Report on vaccination in the Province of Bengal - 1869-1873
Year: 1869
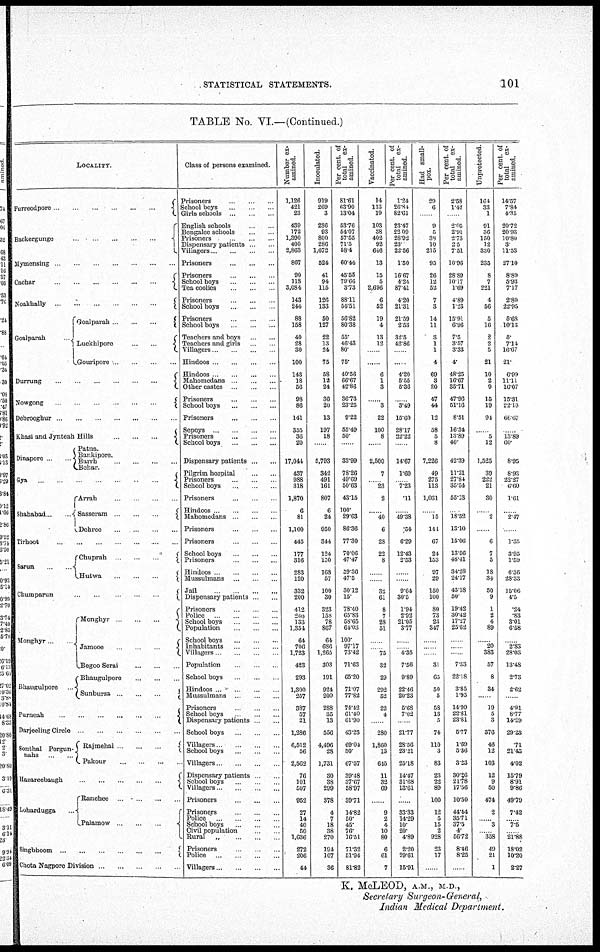
STATISTICAL STATEMENTS.
101
TABLE No. VI.—(Continued.)
LOCALITY.
Furreodpore
...
...
...
...
...
...
Backergunge
...
...
Mymensing ... ...
Cachar
...
...
Noakhally
...
...
Goalparah
Goalparah
...
...
Luckhipore
...
...
Gouripore ... ...
Durrung
...
...
...
Nowgong
...
...
...
Debrooghur ... ...
Khasi and Jynteah Hills
...
...
Dinapore
Patna.
Bankipore.
Bairh
...
...
...
...
Behar. ...
Gya ... ... ... ... ... ... ...
Shahabad ... ...
Arrah ... ... ... ...
Sasseram ... ... ...
Dehree ... ... ... ...
Tirhoot ... ... ... ... ... ... ...
Sarun ... ...
Chuprah
...
...
...
Hutwa
...
...
...
Chumparun ... ... ... ... ...
Monghyr... ...
Bhaugulpore ...
Monghyr
...
...
...
Jamooe
...
...
...
Begoo Serai ... ... ...
Bhaugulpore ... ... ...
Sunbursa
...
...
...
Purneah
...
...
...
...
...
...
Darjeeling Circle ... ... ... ... ... ...
Sonthal Pergun¬
nahs ... ...
Rajmehal
...
...
...
Pakour ... ... ... ...
Hazareebaugh
...
...
...
...
...
Lohardugga ...
Ranchee
...
...
...
...
Palomow
...
...
...
Smgbhoom
...
...
...
...
...
...
Chota Nagpore Division ... ... ... ... ...
Class of persons examined.
Prisoners ... ... ...
School boys ... ... ...
Girls schools ... ... ...
English schools ... ...
Bengalee schools ... ...
Prisoners ... ... ...
Dispensary patients ... ...
Villagers ... ... ... ...
Prisoners
...
...
...
Prisoners ... ... ...
School boys ... ... ...
Tea coolies ... ... ...
Prisoners ... ... ...
School boys ... ... ...
Prisoners ... ... ...
School boys ... ... ...
Teachers and boys
...
...
Teachers and girls ... ...
Villagers ... ... ... ...
Hindoos ... ... ... ...
Hindoos ... ... ... ...
Mahomedans ... ... ...
Other castes ... ... ...
Prisoners ... ... ...
School boys
...
...
...
Prisoners ... ... ...
Sepoys ... ... ... ...
Prisoners ... ... ...
School boys ... ...
Dispensary patients...
...
Pilgrim hospital ... ...
Prisoners ... ... ...
School boys ... ... ...
Prisoners ... ... ...
Hindoos ... ... ... ...
Mahomedans ... ... ...
Prisoners ... ... ...
Prisoners ... ... ...
School boys ... ... ...
Prisoners ... ... ...
Hindoos ... ... ... ...
Mussulmans ... ... ...
Jail
...
...
...
...
Dispensary patients ... ...
Prisoners ... ... ...
Police ... ... ... ...
School boys ... ... ...
Population ... ... ...
School boys ... ... ...
Inhabitants ... ... ...
Villagers ... ... ... ...
Population ... ... ...
School boys ... ... ...
Hindoos ... ... ... ...
Mussulmans ... ... ...
Prisoners ... ... ...
School boys ... ... ...
Dispensary patients ... ...
School boys ... ... ...
Villagers ... ... ... ...
School boys ... ... ...
Villagers ... ... ... ...
Dispensary patients ... ...
School boys ...
Villagers ... ... ... ...
Prisoners ... ... ...
Prisoners ... ... ...
Police ... ... ... ...
School boys
...
...
...
Civil population ... ...
Rural
„ ... ... ...
Prisoners ... ... ...
Police
...
...
...
...
Villagers ... ... ... ...
Number ex-
amined.
1,126
421
23
439
172
1,390
400
2,863
867
90
118
3,084
143
244
88
158
40
28
30
100
143
18
56
98
86
141
355
36
20
17,044
437
988
318
1,870
6
81
1,100
445
177
316
283
120
332
200
412
240
133
1,354
64
706
1,723
423
293
1,300
257
387
57
21
1,286
6,512
56
2,562
76
101
507
952
27
14
40
50
1,636
272
206
44
Inoculated.
919
269
3
236
93
800
286
1,672
524
41
94
115
126
133
50
127
22
13
24
75
58
12
24
36
20
13
197
18
......
5,793
342
491
161
807
6
24
950
344
124
150
168
57
100
30
323
158
78
867
64
686
1,265
303
191
924
200
288
35
13
556
4,496
28
1,731
30
38
299
378
4
7
18
38
270
194
107
36
Per cent. of
total
ex-
amined.
81.61
63.90
13.04
53.76
54.07
57.55
71.5
58.4
60.44
45.55
79.66
3.73
88.11
54.51
56.82
80.38
55.
46.43
80.
75.
40.56
66.67
42.86
36.73
23.25
9.22
55.49
50
......
33.99
78.26
49.69
50.63
43.15
100.
29.63
86.36
77.30
70.06
47.47
59.36
47.5
30.12
15.
78.40
65.83
58.65
64.03
100.
97.17
73.42
71.63
65.20
71.07
77.82
74.42
61.40
61.90
43.23
69.04
50.
67.57
39.48
37.67
58.97
39.71
14.82
50.
45.
76.
16.51
71.32
51.94
81.82
Vaccinated.
14
113
19
103
38
402
92
646
13
15
5
2,696
6
52
19
4
13
12
......
......
6
1
3
......
3
22
100
8
......
2,500
7
...... 23
2
......
40
6
28
22
8
......
......
32
61
8
7
28
51
...
... 75
32
29
292
52
22
4
......
280
1,860
13
645
11
32
69
......
9
2
4
10
80
6
61
7
Per cent. of
total ex-
amined.
1.24
26.84
82.61
23.47
22.09
28.92
23
22.56
1.50
16.67
4.24
87.41
4.20
21.31
21.59
2.53
32.5
42.86
......
......
4.20
5.55
5.36
......
3.49
15.60
28.17
22.22
......
14.67
1.60
...... 7.23
.11
......
49.38
54
6.29
12.43
2.53
......
......
9.64
30.5
1.94
2.92
21.05
3.77
...
... 4.35
7.56
9.89
22.46
20.23
5.68
7.02
......
21.77
28.56
23.21
25.18
14.47
31.68
13.61
......
33.33
14.29
10.
20.
4.89
2.20
29.61
15.91
Had small-
pox.
29
6
9
5
38
10
215
95
26
12
52
7
3
14
11
3
1
1
4
69
3
20
47
44
12
58
5
8
7,226
49
275
113
1,031
......
15
141
67
24
153
97
29
150
100
80
73
23
347
...
...
...
31
65
50
5
58
13
5
74
110
3
83
23
22
89
100
12
5
15
2
928
23
17
......
Per cent. of
total ex-
amined.
2.58
142
2.05
2.91
2.73
2.5
7.51
10.96
28.89
10.17
1.69
4.89
1.23
15.91
6.96
7.5
3.57
3.33
4.
48.25
16.67
35.71
47.96
51.16
8.51
16.34
13.89
40.
42.39
11.21
27.84
35.54
55.13
...
18.52
13.10
15.06
13.56
48.41
34.28
24.17
45.18
50.
19.42
30.42
17.27
25.62
...
...
...
7.33
22.18
3.85
1.95
14.99
22.81
23.81
5.77
1.69
5.36
3.23
30.26
21.78
17.56
10.50
44.44
35.71
37.5
4.
56.72
8.46
8.25
......
Unprotected
164
33
1
91
36
150
12
330
235
8
7
221
4
56
5
16
2
2
5
21
10
2
9
15
19
94
......
5
12
1,525
39
222
21
30
...
2
...
6
7
5
18
34
50
9
1
2
4
89
...
20
383
57
8
34
......
19
5
3
376
46
12
103
12
9
50
474
2
...... 3
...... 358
49
21
1
Per cent of
total ex-
amined.
14.57
7.84
4.35
20.72
20.93
10.80
3
11.53
27.10
8.89
5.93
7.17
2.80
22.95
5.68
10.18
5.
7.14
16.67
21.
6.99
11.11
16.07
15.31
22.10
66.67
......
13.89
60
8.95
8.93
22.27
6.60
1.61
...
2.17
...
1.35
3.95
1.59
6.36
28.33
15.06
4.5
.24
.83
3.01
6.58
...
2.83
28.03
13.48
2.73
2.62
......
4.91
8.77
14.29
29.23
.71
21.43
4.02
15.79
8.91
9.86
49.79
7.42
...... 7.5
...... 21.88
18.02
10.20
2.27
K. McLEOD, A.M., M. D.,
Secretary Surgeon-General,
Indian Medical Department.